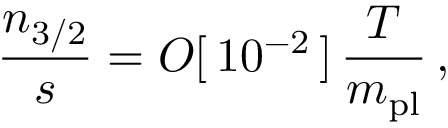
\frac { n _ { 3 / 2 } } { s } = O [ \, 1 0 ^ { - 2 } \, ] \, \frac { T } { m _ { \mathrm { p l } } } \, ,